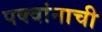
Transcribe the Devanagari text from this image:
पक्वांनाची